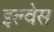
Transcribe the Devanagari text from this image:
इल्वेस